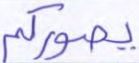
يصوركم